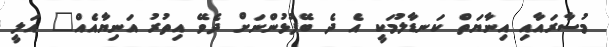
މުސާރައާއި އިނާޔަތް ކަނޑާލުމަކީ އެ ދެ ބޭފުޅުންނަށް ދެވޭ އިތުރު އަނިޔާއެއް" އަލީ